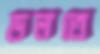
ডলতে